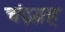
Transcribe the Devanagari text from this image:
चंद्रग्रह